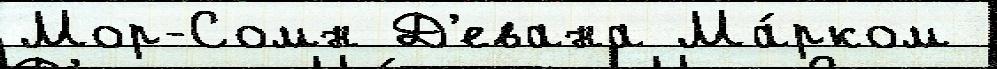
Мор-Сомн Д'евана Ма́рком